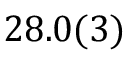
2 8 . 0 ( 3 )